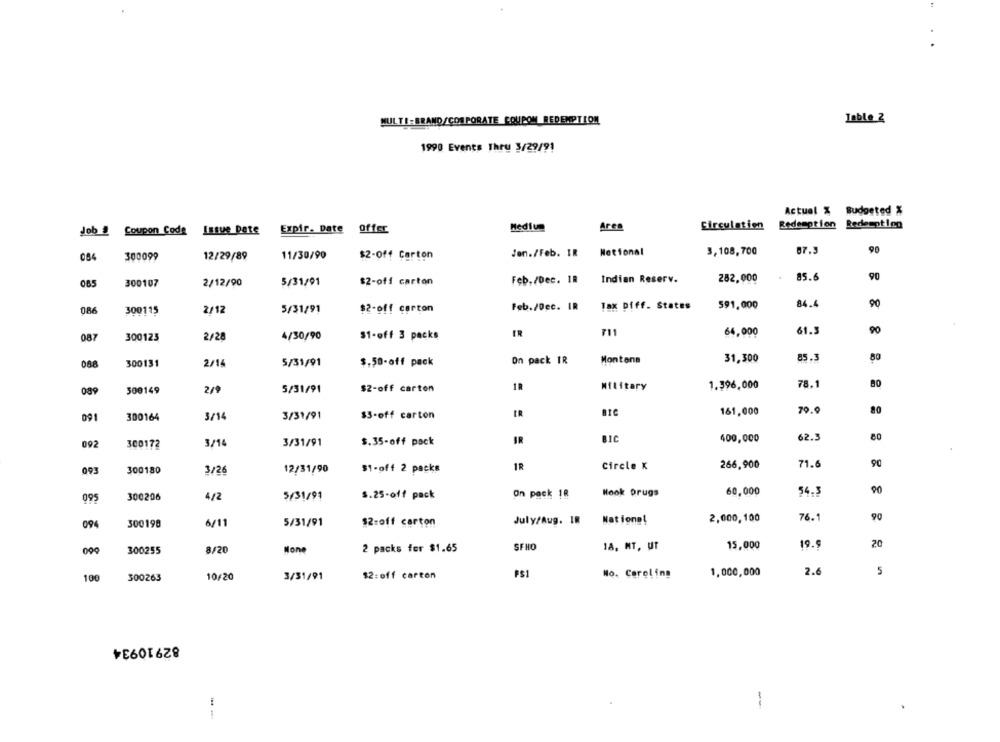
Table 2
MULTI : BRAND/CORPORATE COUPON REDEMPTION
1990 Events Thru 3/29/91
Actual % Budgeted %
Job . Coupon Code
Expir- Date offer
Medium
Area
Circulation
Redemption Redemption
Issue Date
Jen./Feb. IR
Netional
3,108,700
87.3
90
084
300099
12/29/89
11/30/90
$2-off Carton
300107
2/12/90
$2-off carton
Feb./Dec. IR
Indian Reserv.
282,000
85.6
90
065
5/31/91
84.4
90
086
300115
2/12
5/31/91
$2-off carton
Feb./Dec. IR
Tax pfff. States
591,000
IR
711
64,000
61.5
90
087
300123
2/28
4/30/90
$1-off 3 packs
85.3
80
088
300131
2/14
5/31/91
$.50-off pack
On pack IR
Montana
31,300
Military
1.396,000
78.1
80
089
300149
2/9
5/31/91
$2-off carton
79.9
3/14
3/31/91
$3-off carton
ER
161,000
80
091
300164
BIC
400,000
62.3
092
300172
3/14
3/31/91
$.35-off pack
JR
12/31/90
1R
Circle K
266,900
71.6
093
300180
3/26
$1-off 2 packs
90
300206
4/2
5/31/91
s.25-off pack
On pack 18
Hook Drugs
60,000
54.3
095
Nat ione!
2,000,100
76.1
90
094
300198
6/11
5/31/91
$2:off carton
July/Aug. I8
099
300255
8/20
2 packs for $1.65
SFHO
18, NT, UT
15,000
19.
20
2.6
5
100
300263
10/20
3/31/91
$2:off carton
PS1
Mo. Caroling
1,000,000
82910934
-